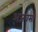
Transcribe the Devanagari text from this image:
अजवसो